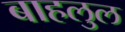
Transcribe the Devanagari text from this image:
बाहलुल